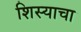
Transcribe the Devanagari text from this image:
शिस्याचा